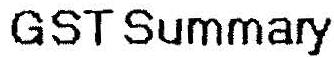
GST SUMMARY